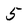
Character: 5